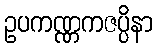
ဥပကဏ္ဏကဇပ္ပိနာ